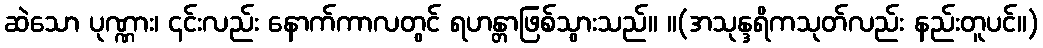
ဆဲသော ပုဏ္ဏား၊ ၎င်းလည်း နောက်ကာလတွင် ရဟန္တာဖြစ်သွားသည်။ ။(အသုန္ဒရိကသုတ်လည်း နည်းတူပင်။)